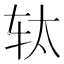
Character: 𮷗